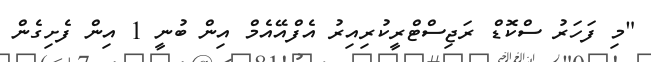
"މި ފަހަރު ސްކޮޑް ރަޖިސްޓްރީކުރިއިރު އެފްއޭއެމް އިން ބުނީ 1 އިން ފެށިގެން